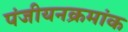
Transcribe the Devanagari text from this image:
पंजीयनक्रमांक